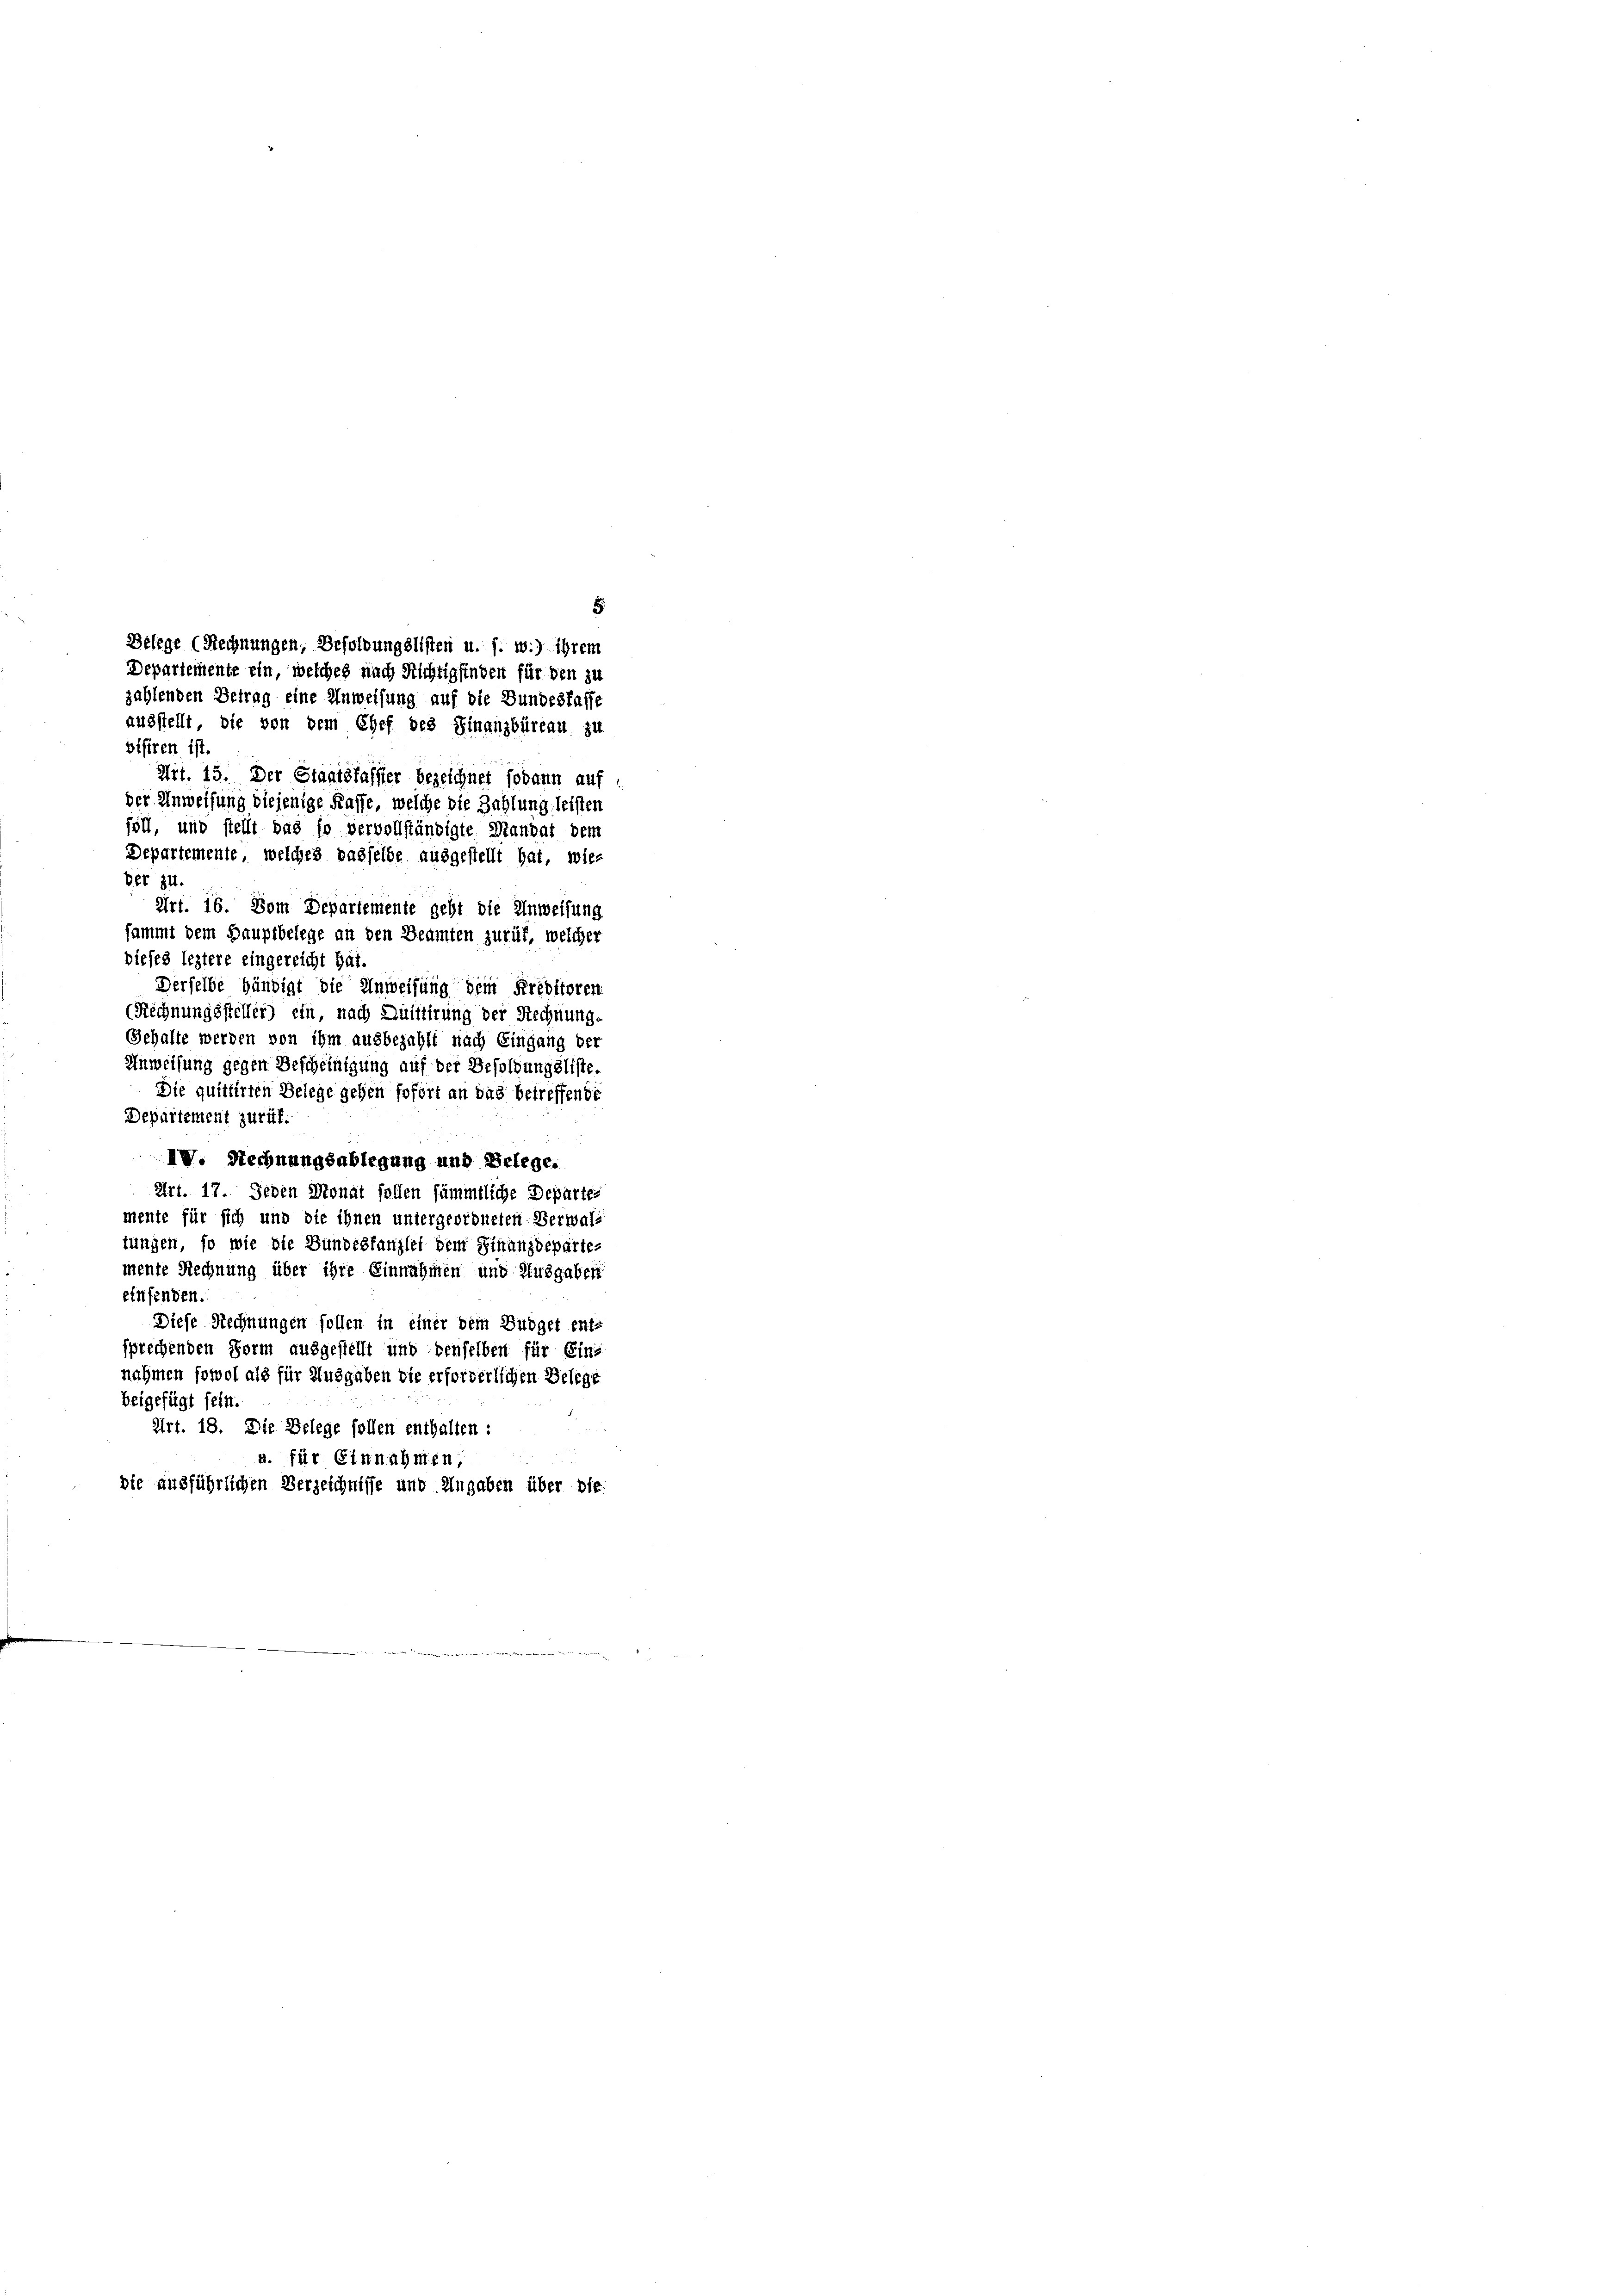
5
ausstellt, die von dem Chef des Finanzbüreau zu
bisiren ist.
Art. 15. Der Staatsfasster bezeichnet sodann auf
der Anweisung diejenige Kasse, welche die Zahlung leisten
föll, und stellt das so vervollständigte Mandat dem
Departemente, welches dasselbe ausgestellt hat, wies
Ber 341.
Art. 16. Dem Departemente geht die Anweisung
sammt dem Hauptbelege an den Beamten zurük, welcher
dieses leztere eingereicht hat.
Derselbe händigt die Anweisung dem Kreditoren
(Rechnungssteller) ein, nach Quittirung der Rechnung.
Gehalte werden von ihm ausbezahlt nach Eingang der
Anweisung gegen Bescheinigung auf der Besoldungsliste.
Die quittirten Belege gehen sofort an das betreffende
Departement zurük.
IV. Rechnungsablegung und Belege.
Art. 17. Jeden Monat sollen sämmtliche Departei
mente für sich und die ihnen untergeordneten Verwaltungen, so wie die Bundestanzlei dem Finanzdepartemente Rechnung über ihre Einnahmen und Ausgaben
einsenden.
Diese Rechnungen sollen in einer dem Budget ent-
sprechenden Form ausgestellt und denselben für Eins
nahmen sowol als für Ausgaben die erforderlichen Belege
beigefügt sein.
Art. 18. Die Gelege sollen enthalten :
u. für Einnahmen,
die ausführlichen Verzeichnisse und Angaben über bie

Belege (Rechnungen, Besoldungslisten u. s. w.) ihrem
Departemente ein, welches nach Richtig finden für den zu
zahlenden Betrag eine Anweisung auf die Bundesfasse